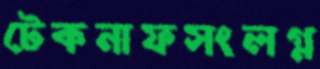
টেকনাফসংলগ্ন